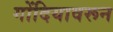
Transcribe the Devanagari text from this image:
गोंदियावरून